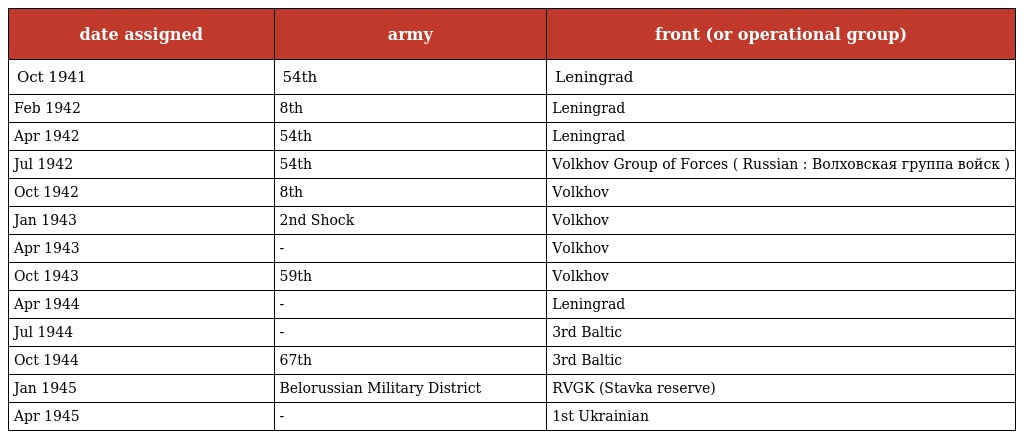
| date assigned | army | front (or operational group) |
 | --- | --- | --- |
 | Oct 1941 | 54th | Leningrad |
 | Feb 1942 | 8th | Leningrad |
 | Apr 1942 | 54th | Leningrad |
 | Jul 1942 | 54th | Volkhov Group of Forces ( Russian : Волховская группа войск ) |
 | Oct 1942 | 8th | Volkhov |
 | Jan 1943 | 2nd Shock | Volkhov |
 | Apr 1943 | - | Volkhov |
 | Oct 1943 | 59th | Volkhov |
 | Apr 1944 | - | Leningrad |
 | Jul 1944 | - | 3rd Baltic |
 | Oct 1944 | 67th | 3rd Baltic |
 | Jan 1945 | Belorussian Military District | RVGK (Stavka reserve) |
 | Apr 1945 | - | 1st Ukrainian |